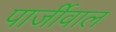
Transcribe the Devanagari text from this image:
पार्जीवाल